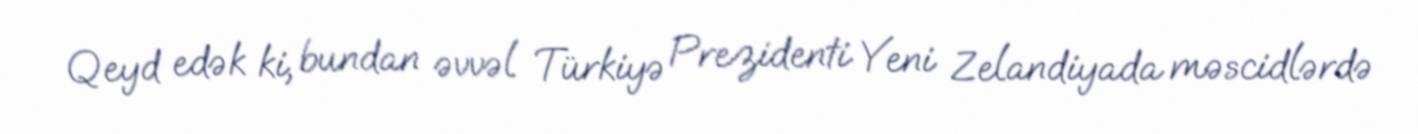
Qeyd edək ki, bundan əvvəl Türkiyə Prezidenti Yeni Zelandiyada məscidlərdə